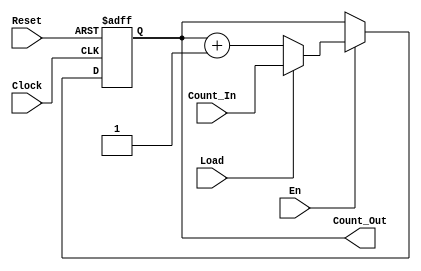
    module counter_block_based (
    output reg [15:0] Count_Out,
    input wire [15:0] Count_In,
    input wire Load, En, Clock, Reset            
);

    always @ (posedge Clock or negedge Reset)
        begin
            if (!Reset) Count_Out <= 16'b0;
            else
                if (En)
                    if (Load) Count_Out <= Count_In;
                    else Count_Out <= Count_Out + 1;    
        end

endmodule

module tb_counter_clock_based ();

    wire [15:0] count_out;
    reg [15:0] count_in;
    reg load, en, clock, reset;

    counter_block_based DUT(.Count_Out(count_out), .Count_In(count_in), .Load(load), .En(en), .Clock(clock), .Reset(reset));

    // Clock
    initial
        clock = 1'b0;
    always
        #1 clock = ~clock;

    // Enable
    initial
        begin
            en = 1'b0;
            #5 en = 1'b1;    
        end

    // Reset
    initial
        begin
            reset = 1'b1;
            #1 reset = 1'b0;
            #1 reset = 1'b1;
        end

    // Load
    initial
        load = 1'b0;

    initial
        begin
            $dumpfile("counter_clock_based.vcd");
            $dumpvars(0, tb_counter_clock_based);
            #10 load = 1'b1;
            count_in = 16'b0101110100101110;
            #2 load = 1'b0;
            #5;
            $finish;
        end

endmodule